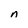
Character: n